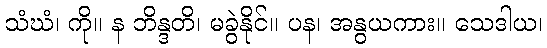
သံဃံ၊ ကို။ န ဘိန္ဒတိ၊ မခွဲနိုင်။ ပန၊ အနွယကား။ သေဒါယ၊